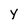
Character: Y